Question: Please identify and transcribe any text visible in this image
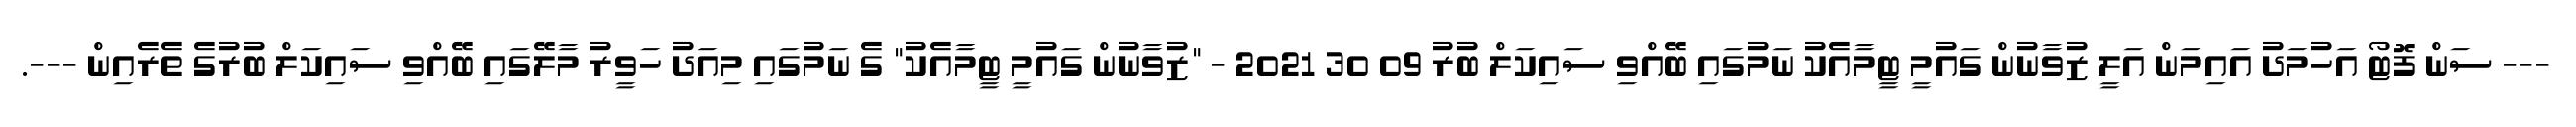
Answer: --- ސަން ފޮޓޯ އަހުމަދު އައިމަން އަލީ ޒުވާނުން ގައުމީ ޓީމާއެކު ނަމުގައި ބޭއްވި ސައިކަލް ބުރު 09 30 2021 - "ޒުވާނުން ގައުމީ ޓީމާއެކު" ގެ ނަމުގައި މިއަދު ހަވީރު މާލޭގައި ބޭއްވި ސައިކަލް ބުރުގެ ތެރެއިން ---.